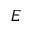
E